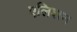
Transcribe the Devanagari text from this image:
एलिशन